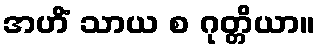
အဟိံ သာယ စ ဂုတ္တိယာ။